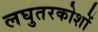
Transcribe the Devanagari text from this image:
लघुतरकोशों